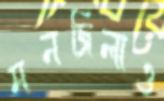
মনজিলাও